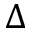
\Delta